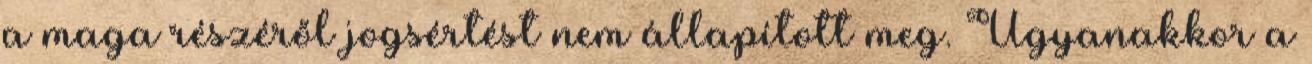
a maga részéről jogsértést nem állapított meg. Ugyanakkor a